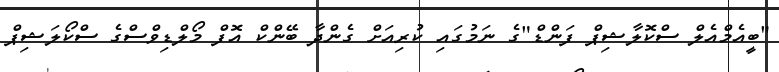
"ބީއެމްއެލް ސްކޮލާޝިޕް ފަންޑް"ގެ ނަމުގައި ކުރިއަށް ގެންދާ ބޭންކް އޮފް މޯލްޑިވްސްގެ ސްކޯލަޝިޕް